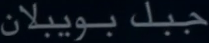
جبك-بويبلان